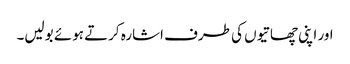
اور اپنی چھاتیوں کی طرف اشارہ کرتے ہوئے بولیں۔